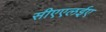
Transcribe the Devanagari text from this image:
सीएएलईए